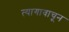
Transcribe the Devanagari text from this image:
त्यागावाचून